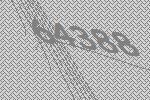
64388